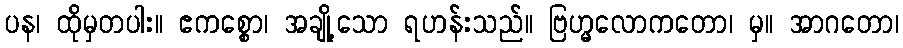
ပန၊ ထိုမှတပါး။ ဧကစ္စော၊ အချို့သော ရဟန်းသည်။ ဗြဟ္မလောကတော၊ မှ။ အာဂတော၊